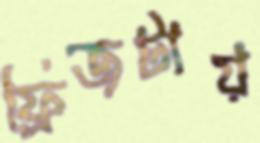
ফ্রিজটায়